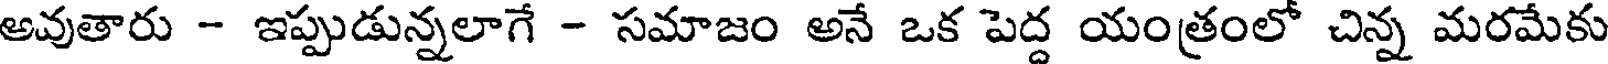
అవుతారు - ఇప్పుడున్నలాగే - సమాజం అనే ఒక పెద్ద యంత్రంలో చిన్న మరమేకు